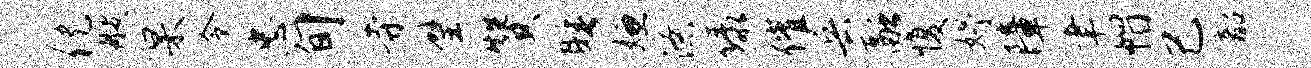
倪艘杲令忠旬寺璧赞睡嫌潦绿催兵融愎妤障聿帽己韶